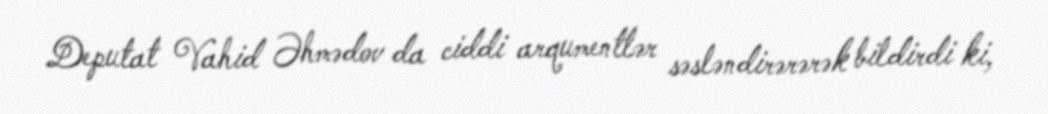
Deputat Vahid Əhmədov da ciddi arqumentlər səsləndirərərək bildirdi ki,